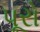
પૂરો